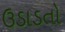
ઉડાડતો